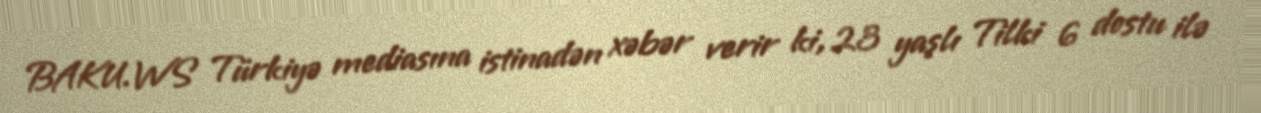
BAKU.WS Türkiyə mediasına istinadən xəbər verir ki, 23 yaşlı Tilki 6 dostu ilə